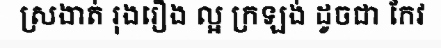
ស្រងាត់ រុងរឿង ល្អ ក្រឡង់ ដូចជា កែវ